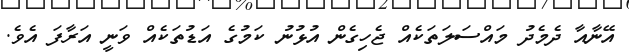
އޭނާއާ ދެމެދު މައްސަލަތަކެއް ޖެހިގެން އުޅުނު ކަމުގެ އަޑުތަކެއް ވަނީ އަރާފަ އެވެ.